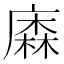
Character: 𢊲